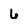
Character: 6